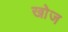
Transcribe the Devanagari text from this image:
खाेज